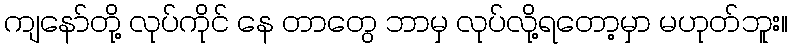
ကျနော်တို့ လုပ်ကိုင် နေ တာတွေ ဘာမှ လုပ်လို့ရတော့မှာ မဟုတ်ဘူး။